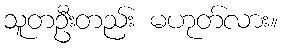
သူတဦးတည်း မဟုတ်လား။